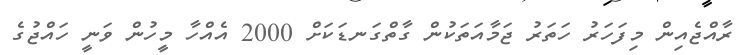
ރާއްޖެއިން މިފަހަރު ހަތަރު ޖަމާއަތަކުން ގާތްގަނޑަކަށް 2000 އެއްހާ މީހުން ވަނީ ހައްޖުގެ